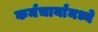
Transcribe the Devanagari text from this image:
कर्मचार्यांमध्ये